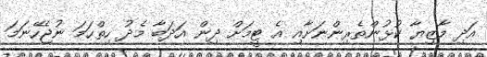
އަދި މާޒިޔާ ކުޅުންތެރިންނަށާއި އެ ޓީމަށް ދިން އަދަބާ މެދު ހިތްހަމަ ނުޖެހޭނަމަ